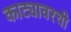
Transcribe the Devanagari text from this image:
काट्यावरची